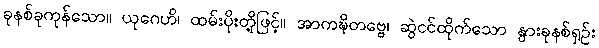
ခုနစ်ခုကုန်သော။ ယုဂေဟိ၊ ထမ်းပိုးတို့ဖြင့်။ အာကဍ္ဎိတဗ္ဗေ၊ ဆွဲငင်ထိုက်သော နွားခုနစ်ရှဉ်း